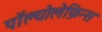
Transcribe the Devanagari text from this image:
पॉल्योलेफ़िन्स